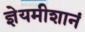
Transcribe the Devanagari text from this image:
ज्ञेयमीशानं